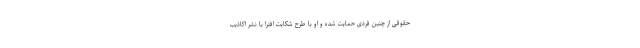
حقوقی از چنین فردی حمایت شده و او با طرح شکایت افترا یا نشر اکاذیب